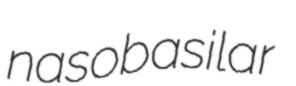
nasobasilar